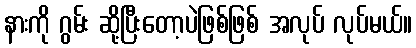
နားကို ဂွမ်း ဆို့ပြီးတော့ပဲဖြစ်ဖြစ် အလုပ် လုပ်မယ်။